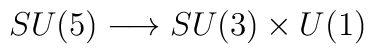
SU(5) \longrightarrow SU(3)\times U(1)